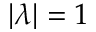
| \lambda | = 1